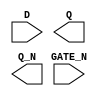
module sky130_fd_sc_hd__dlxbn (
    //# {{data|Data Signals}}
    input  D     ,
    output Q     ,
    output Q_N   ,

    //# {{clocks|Clocking}}
    input  GATE_N
);

    // Voltage supply signals
    supply1 VPWR;
    supply0 VGND;
    supply1 VPB ;
    supply0 VNB ;

endmodule